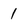
Character: 1